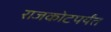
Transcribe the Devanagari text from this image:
राजकोटपर्यंत